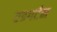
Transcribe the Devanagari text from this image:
एडगर्टन